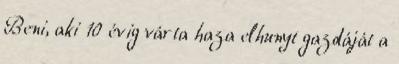
Beni, aki 10 évig várta haza elhunyt gazdáját a